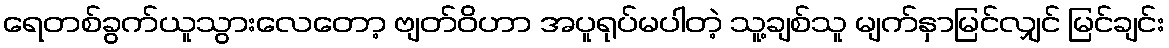
ရေတစ်ခွက်ယူသွားလေတော့ ဗျတ်ဝိဟာ အပူရုပ်မပါတဲ့ သူ့ချစ်သူ မျက်နှာမြင်လျှင် မြင်ချင်း